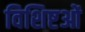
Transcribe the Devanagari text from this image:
विशिष्टओं